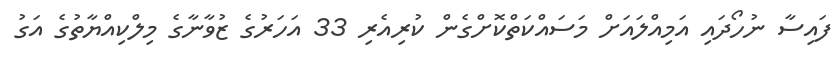
ފައިސާ ނުހޯދައި އަމިއްލައަށް މަސައްކަތްކޮށްގެން ކުރިއެރި 33 އަހަރުގެ ޒުވާނާގެ މިލްކިއްޔާތުގެ އަގު